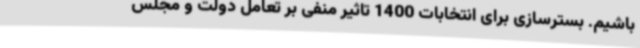
باشیم. بسترسازی برای انتخابات 1400 تاثیر منفی بر تعامل دولت و مجلس